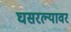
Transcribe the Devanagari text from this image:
घसरल्यावर